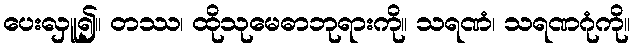
ပေးလှူ၍။ တဿ၊ ထိုသုမေဓာဘုရားကို။ သရဏံ၊ သရဏဂုံကို။